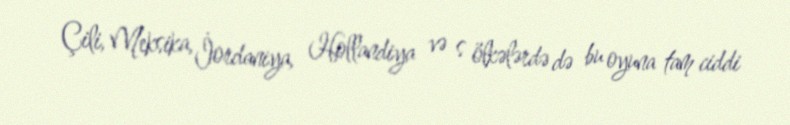
Çili, Meksika, İordaniya, Hollandiya və s ölkələrdə də bu oyuna tam ciddi